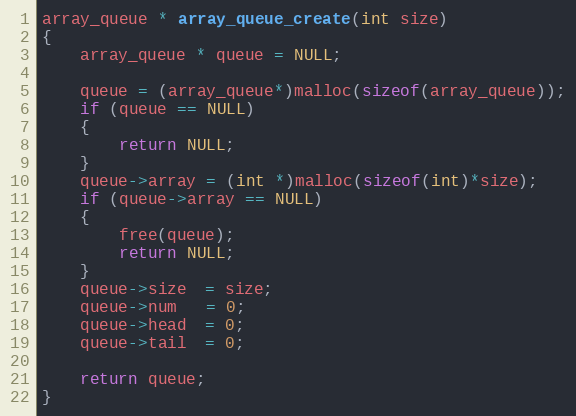
Language: C
array_queue * array_queue_create(int size)
{
	array_queue * queue = NULL;

	queue = (array_queue*)malloc(sizeof(array_queue));
	if (queue == NULL)
	{
		return NULL;
	}
	queue->array = (int *)malloc(sizeof(int)*size);
	if (queue->array == NULL)
	{
        free(queue);
		return NULL;
	}
	queue->size  = size;
	queue->num   = 0;
	queue->head  = 0;
	queue->tail  = 0;

	return queue;
}